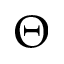
\Theta